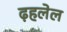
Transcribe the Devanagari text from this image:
ढ़हलेल